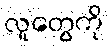
လူတွေကို